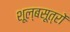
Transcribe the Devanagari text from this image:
शूल्बसूत्रों